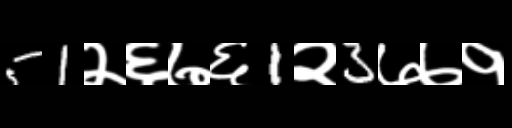
Text: 51२६७६1२3७७१